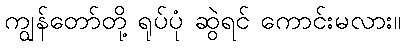
ကျွန်တော်တို့ ရုပ်ပုံ ဆွဲရင် ကောင်းမလား။